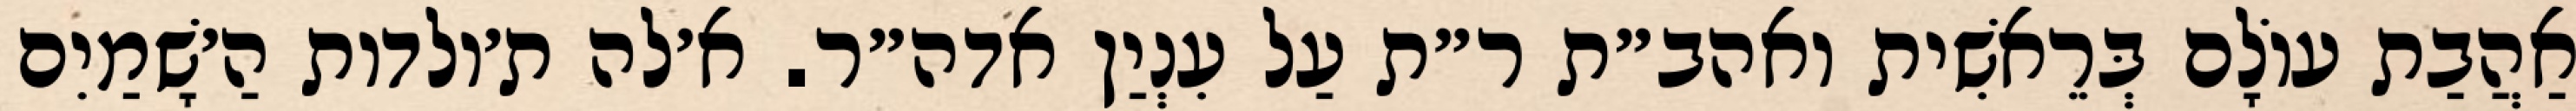
אַהֲבַת עוֹלָם בְּרֵאשִׁית ואהב״ת ר״ת עַל עִנְיַן אדה״ר. א׳לה ת׳ולדות הַ׳שָׁמַיִם